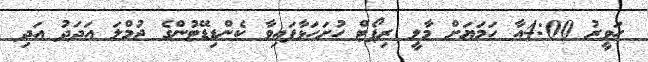
ހަވީރު 4:00އާ ހަމަޔަށް މާލީ ރިޕޯޓް ހުށަހަޅާފައިވާ ކެންޑިޑޭޓުންގެ ޖުމްލަ އަދަދު އަދި